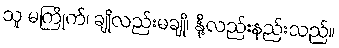
သူ မကြိုက်၊ ချိုလည်းမချို၊ နို့လည်းနည်းသည်။